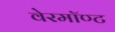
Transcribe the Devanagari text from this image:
वेरमॉण्ट